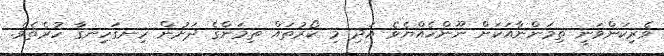
ވެރިކަންވަނީ ތިމަންނާއަކަށް ނޫންހެއްޔެވެ އަދި މި ކޯރުތައް ތިމަންގެ ދަށުން ހިނގަހިނގާ ހުރެތެވެ.